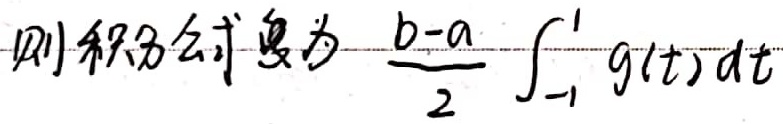
则积分公式变为\(\frac{b - a}{2} \int_{-1}^{1} g(t) \mathrm{d}t\)